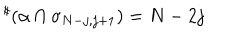
LaTeX: { } ^ { \sharp } ( \alpha \cap \sigma _ { N - j , j + 1 } ) = N - 2 j